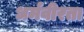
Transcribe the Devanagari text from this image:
धर्मवीरता